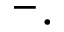
^ - \cdot